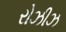
રોઝીઝ